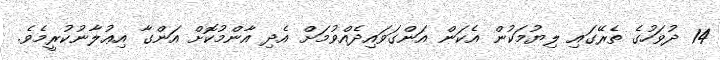
14 ދުވަހުގެ ތެރޭގައި ލިޔުމަކުން އެކަން އަންގަވައިދެއްވުމަށް އެދި އާންމުކޮށް އަންގާ އިޢުލާނުކުރީމެވެ.